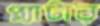
প্ল্যাটার